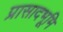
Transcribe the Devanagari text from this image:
प्रासादभूमि